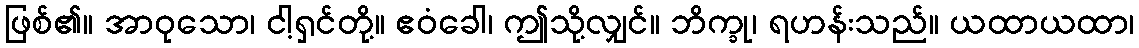
ဖြစ်၏။ အာဝုသော၊ ငါ့ရှင်တို့။ ဧဝံခေါ၊ ဤသို့လျှင်။ ဘိက္ခု၊ ရဟန်းသည်။ ယထာယထာ၊